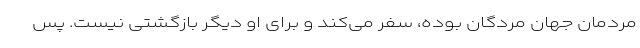
مردمان جهان مردگان بوده، سفر می‌کند و برای او دیگر بازگشتی نیست. پس